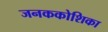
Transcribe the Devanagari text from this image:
जनककोशिका